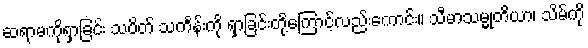
ဆရာမကိုရှာခြင်း သပိတ် သင်္ကန်းကို ရှာခြင်းတို့ကြောင့်လည်းကောင်း။ သီမာသမ္မုတိယာ၊ သိမ်ကို